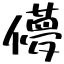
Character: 儚